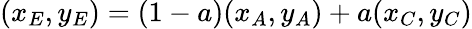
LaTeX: (x_{E},y_{E})=(1-a)(x_{A},y_{A})+a(x_{C},y_{C})